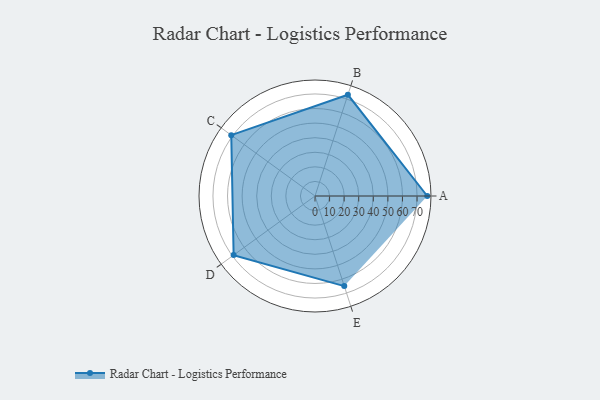
{"axis": {"x": "Skill", "y": "Score"}, "legend": ["Profile"], "data": [{"x": "A", "y": 77.0, "type": "Profile"}, {"x": "B", "y": 73.0, "type": "Profile"}, {"x": "C", "y": 71.0, "type": "Profile"}, {"x": "D", "y": 69.0, "type": "Profile"}, {"x": "E", "y": 65.0, "type": "Profile"}]}